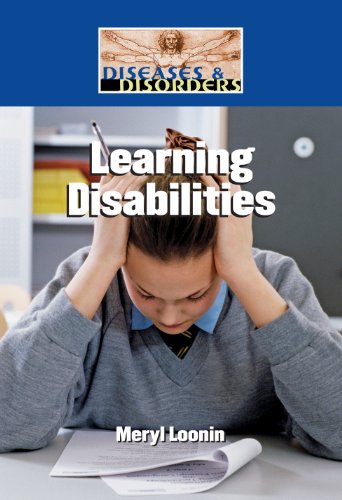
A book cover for Learning Disabilities (Diseases and Disorders); Meryl Loonin; Teen & Young Adult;